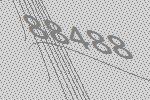
88488